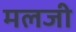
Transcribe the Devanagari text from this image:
मलजी